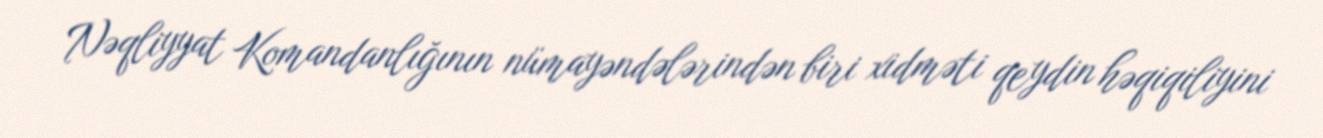
Nəqliyyat Komandanlığının nümayəndələrindən biri xidməti qeydin həqiqiliyini